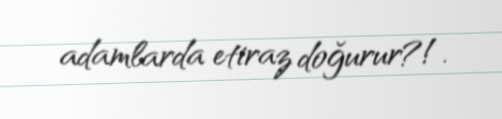
adamlarda etiraz doğurur?!.